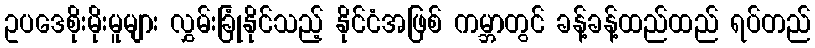
ဥပဒေစိုးမိုးမူများ လွှမ်းခြုံနိုင်သည့် နိုင်ငံအဖြစ် ကမ္ဘာတွင် ခန့်ခန့်ထည်ထည် ရပ်တည်